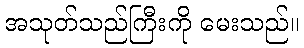
အသုတ်သည်ကြီးကို မေးသည်။